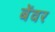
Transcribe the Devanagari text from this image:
बेंवर